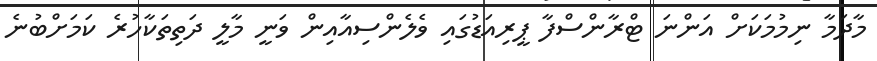
މާދަމާ ނިމުމަކަށް އަންނަ ޓްރާންސްފާ ޕީރިއަޑުގައި ވެލެންސިއާއިން ވަނީ މާލީ ދަތިތަކާހުރެ ކަމަށްބުނެ